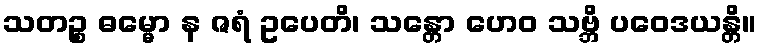
သတဉ္စ ဓမ္မော န ဇရံ ဥပေတိ၊ သန္တော ဟေဝ သဗ္ဘိ ပဝေဒယန္တိ။